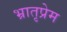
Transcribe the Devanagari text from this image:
भ्रातृप्रेम